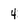
Character: 4